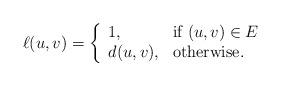
LaTeX: \begin{align*} \ell(u,v)= \left\{\begin{array}{ll} 1,& \mbox{if $(u,v) \in E$}\\ d(u,v), & \mbox{otherwise.} \end{array} \right. \end{align*}